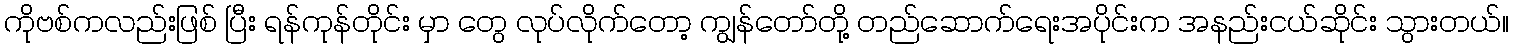
ကိုဗစ်ကလည်းဖြစ် ပြီး ရန်ကုန်တိုင်း မှာ တွေ လုပ်လိုက်တော့ ကျွန်တော်တို့ တည်ဆောက်ရေးအပိုင်းက အနည်းငယ်ဆိုင်း သွားတယ်။